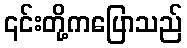
၎င်းတို့ကပြောသည်